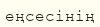
еңсесінің